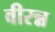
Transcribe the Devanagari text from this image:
वीरन्न